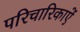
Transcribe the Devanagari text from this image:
परिचारिकाऐं